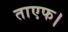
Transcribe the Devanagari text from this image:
ताएफ।